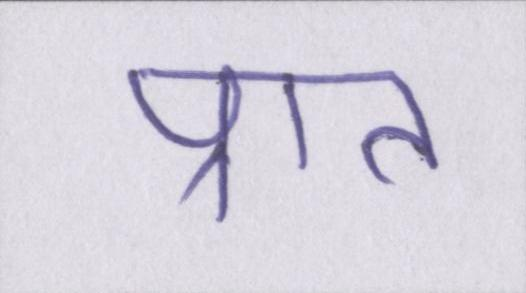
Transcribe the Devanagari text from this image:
प्रात